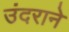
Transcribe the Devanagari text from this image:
उंदराने